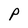
Character: P